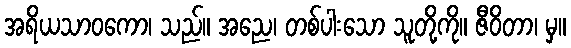
အရိယသာဝကော၊ သည်။ အညေ၊ တစ်ပါးသော သူတို့ကို။ ဇီဝိတာ၊ မှ။